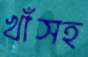
খাঁসহ